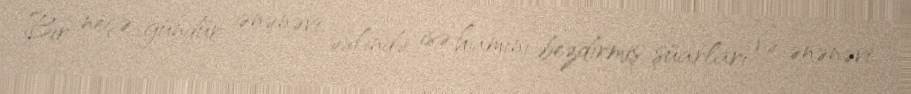
Bir neçə gündür ənənəvi, əslində isə hamını bezdirmiş şüarları və ənənəvi